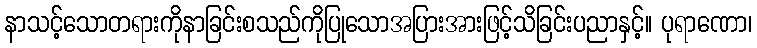
နာသင့်သောတရားကိုနာခြင်းစသည်ကိုပြုသောအပြားအားဖြင့်သိခြင်းပညာနှင့်။ ပုရာဏော၊